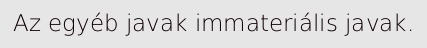
Az egyéb javak immateriális javak.